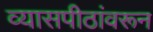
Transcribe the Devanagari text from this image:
व्यासपीठांवरून